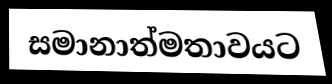
සමානාත්මතාවයට